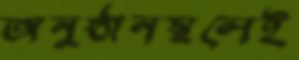
অনুষ্ঠানস্থলেই